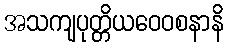
အသကျပုတ္တိယဝေဝစနာနိ